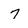
Character: 7